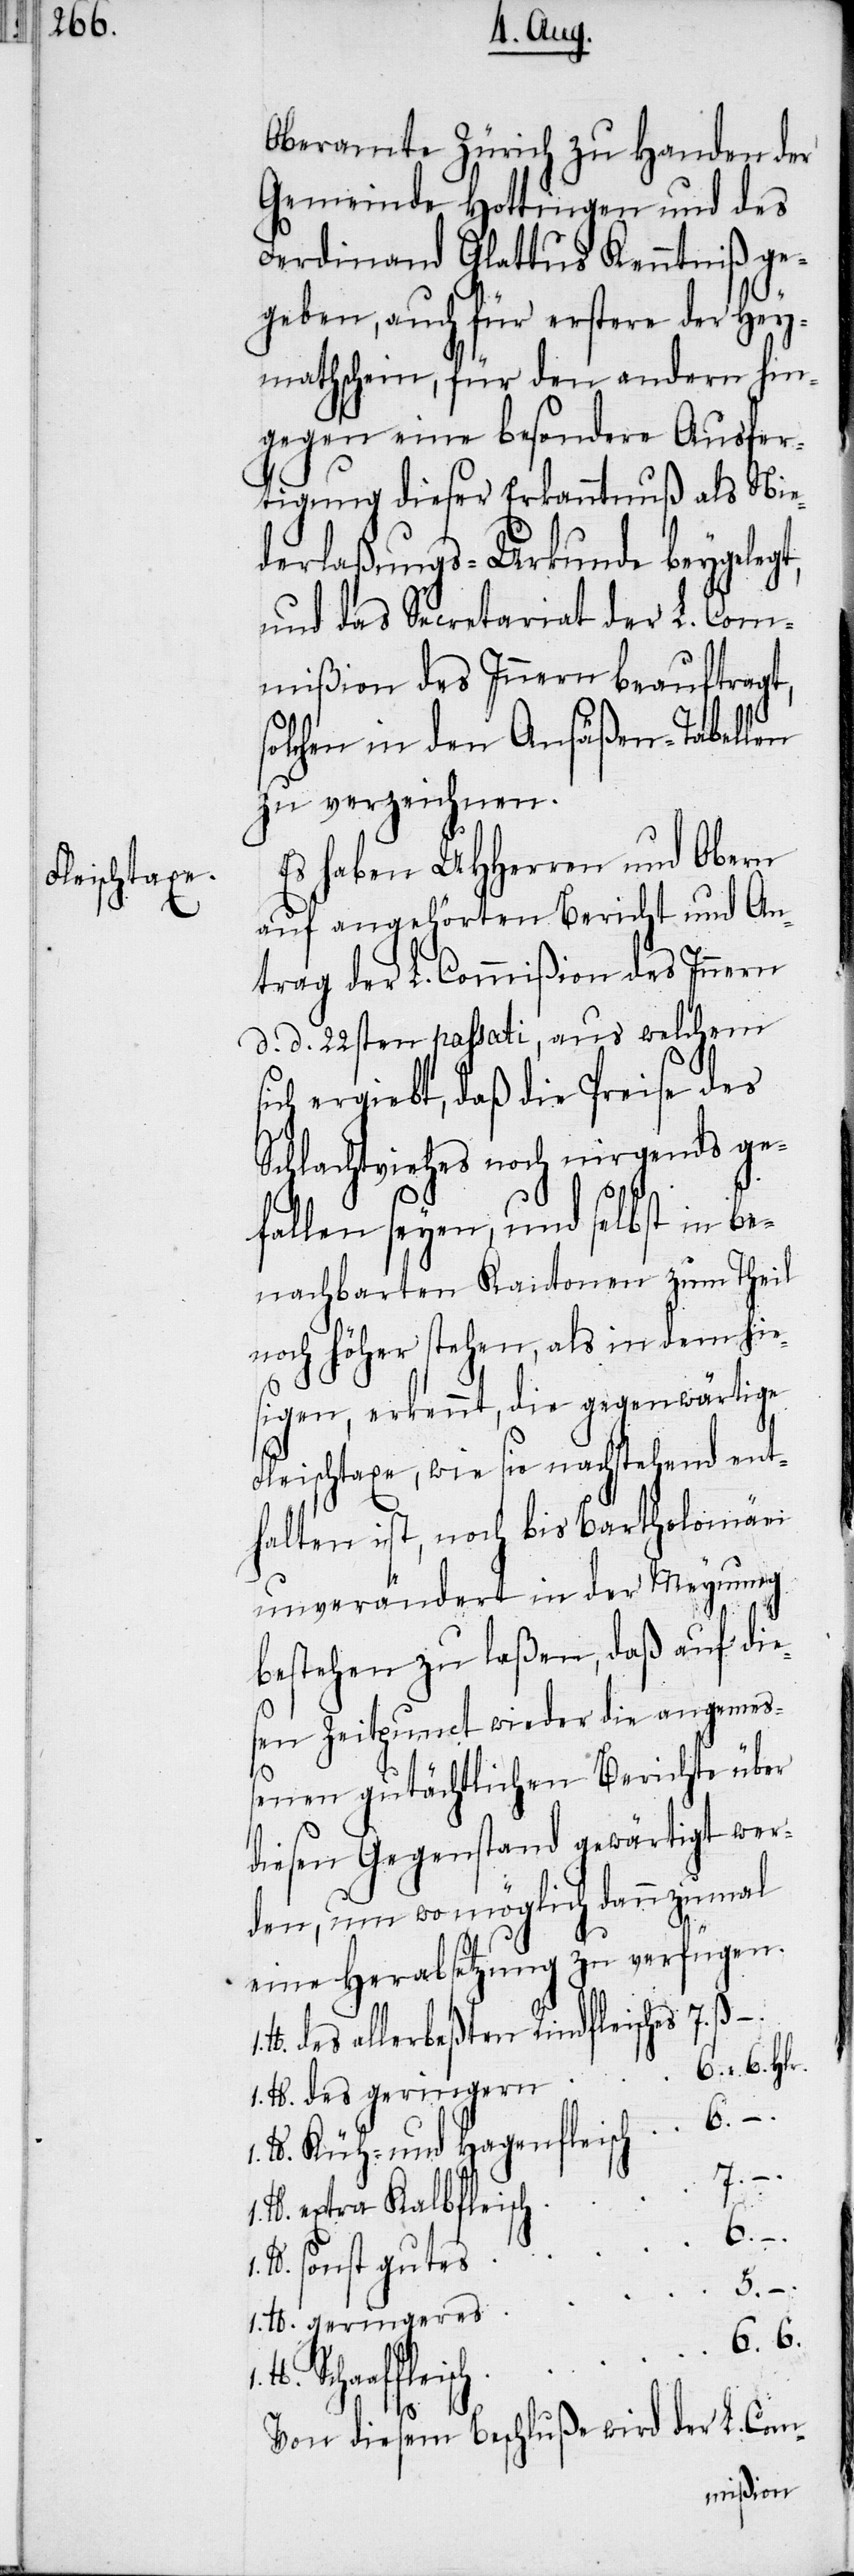
Oberamte Zürich zu Handen der
Gemeinde Hottingen und des
Ferdinand Glattus Kenntniß ge¬
geben, auch für erstere der Hey¬
mathschein, für den andern hin¬
gegen eine besondere Ausfer¬
tigung dieser Erkanntnuß als Nie¬
derlaßungs-Urkunde beygelegt,
und das Secretariat der L. Com¬
mißion des Innern beauftragt,
solchen in den Ansäßen-Tabellen
zu verzeichnen.
Es haben UHHerren und Obern
auf angehörten Bericht und An¬
trag der L. Commißion des Innern
d. d. 22sten passati, aus welchem
ich ergiebt, daß die Preise des
Schlachtviehes noch nirgends ge¬
fallen seyen, und selbst in be¬
nachbarten Kantonen zum Theil
noch höher stehen, als in dem hie¬
sigen, erkennt, die gegenwärtige
Fleischtaxe, wie sie nachstehend ent¬
halten ist, noch bis Bartholomäei
unverändert in der Meynung
bestehen zu laßen, daß auf die¬
sen Zeitpunct wieder die angemeß¬
lb.
enen gutächtlichen Berichte über
diesen Gegenstand gewärtigt wer¬
den, um wo möglich dannzumal
eine Herabsetzung zu verfügen.
des allerbeßten Rindfleisches
des geringern
Küh- und Hagenfleisch
7.
extra Kalbfleisch
6.
sonst gutes
5.
6.
Von diesem Beschluße wird der L. Com-